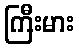
ကြီးမား